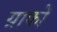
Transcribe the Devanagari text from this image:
ग्राफों